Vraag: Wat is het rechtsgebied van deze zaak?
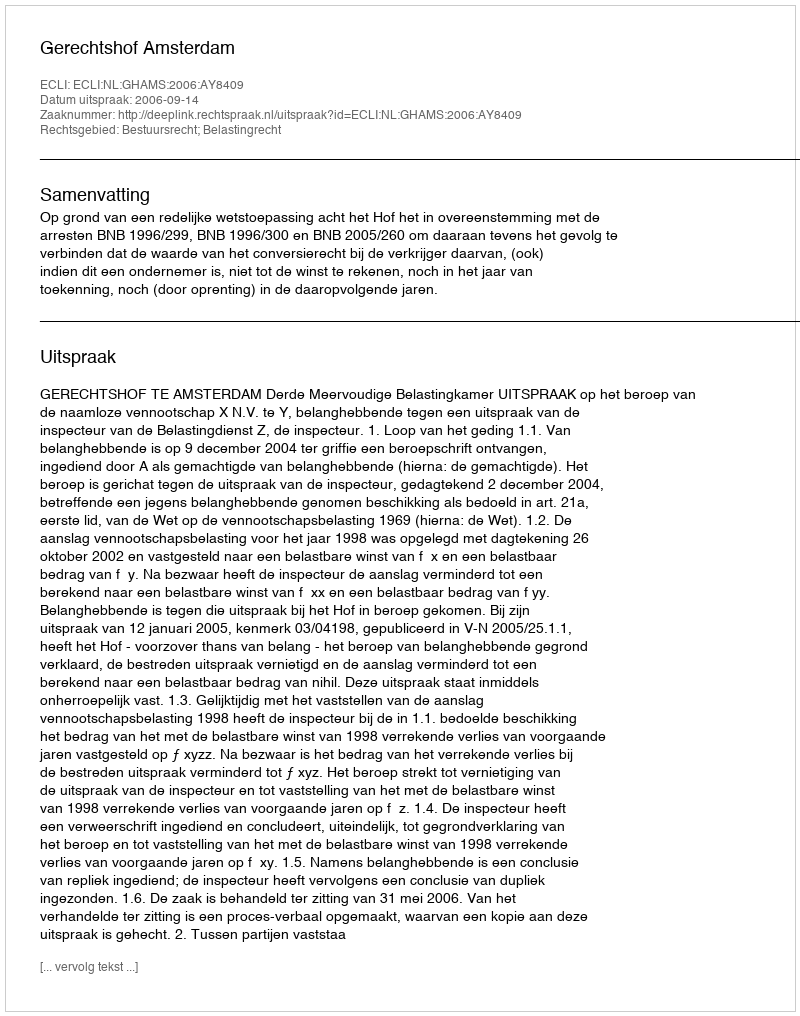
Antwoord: Bestuursrecht; Belastingrecht